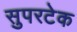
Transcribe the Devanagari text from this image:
सुपरटेक